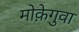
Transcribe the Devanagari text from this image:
मोक़ेगुवा